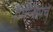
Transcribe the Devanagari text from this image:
प्रिन्सिपचे